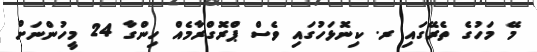
މޭ މަހުގެ ތެރޭގައި ރ. ކިނޮޅަހުގައި ވެސް ޕްރޮގްރާމެއް ހިންގާ 24 މީހުންނަށް